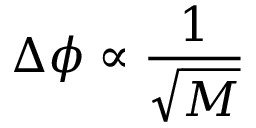
\Delta \phi \propto \frac { 1 } { \sqrt { M } }